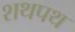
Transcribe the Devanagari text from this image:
शथपथ